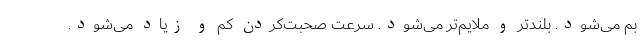
بم می‌شود. بلندتر و ملایم‌تر می‌شود. سرعت صحبت‌کردن کم و زیاد می‌شود.